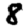
Digit: 8